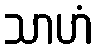
သာဟံ